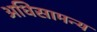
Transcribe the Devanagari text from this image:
अधिसामन्य